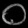
Digit: ၀